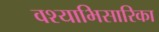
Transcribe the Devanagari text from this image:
वश्याभिसारिका